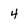
Character: 4